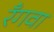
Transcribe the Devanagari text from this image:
रँगवा